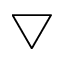
\bigtriangledown